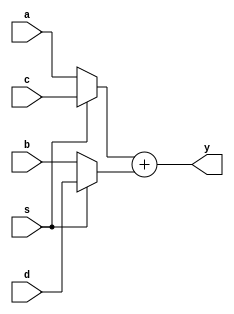
module alu_2 (
   input [3:0] a, 
   input [3:0] b,
   input [3:0] c,
   input [3:0] d,
   input s,
   output [3:0] y);
   
   wire [3:0] in1, in2;
   
   assign in1 = s ? c : a;
   assign in2 = s ? d : b;
   assign y = in1 + in2;
      
endmodule